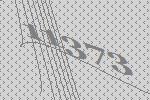
11373